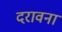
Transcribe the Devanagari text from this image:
दरावना